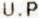
U.P